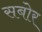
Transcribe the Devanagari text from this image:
सबोर